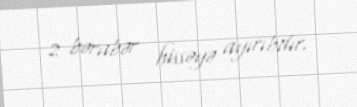
2 bərabər hissəyə ayırıbdır.